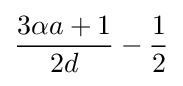
{\frac {3\alpha a+1}{2d}}-{\frac {1}{2}}